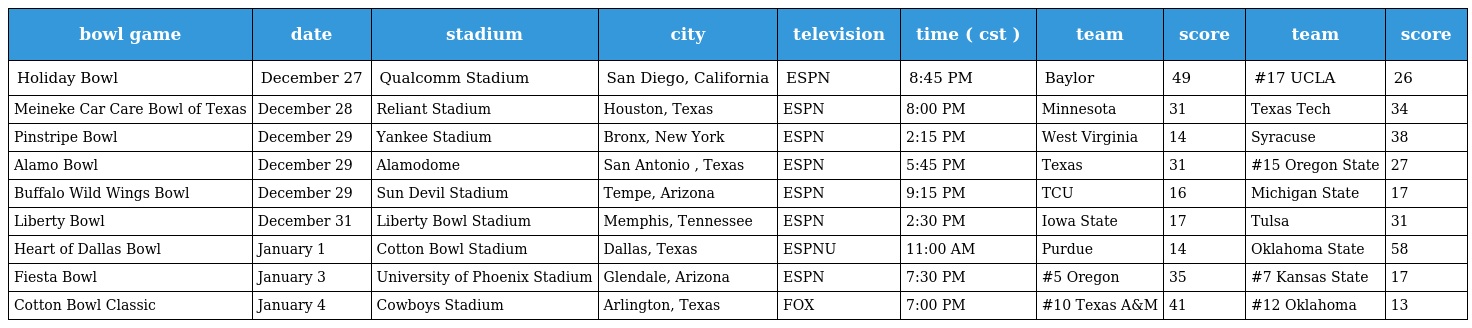
| bowl game | date | stadium | city | television | time ( cst ) | team | score | team | score |
 | --- | --- | --- | --- | --- | --- | --- | --- | --- | --- |
 | Holiday Bowl | December 27 | Qualcomm Stadium | San Diego, California | ESPN | 8:45 PM | Baylor | 49 | #17 UCLA | 26 |
 | Meineke Car Care Bowl of Texas | December 28 | Reliant Stadium | Houston, Texas | ESPN | 8:00 PM | Minnesota | 31 | Texas Tech | 34 |
 | Pinstripe Bowl | December 29 | Yankee Stadium | Bronx, New York | ESPN | 2:15 PM | West Virginia | 14 | Syracuse | 38 |
 | Alamo Bowl | December 29 | Alamodome | San Antonio , Texas | ESPN | 5:45 PM | Texas | 31 | #15 Oregon State | 27 |
 | Buffalo Wild Wings Bowl | December 29 | Sun Devil Stadium | Tempe, Arizona | ESPN | 9:15 PM | TCU | 16 | Michigan State | 17 |
 | Liberty Bowl | December 31 | Liberty Bowl Stadium | Memphis, Tennessee | ESPN | 2:30 PM | Iowa State | 17 | Tulsa | 31 |
 | Heart of Dallas Bowl | January 1 | Cotton Bowl Stadium | Dallas, Texas | ESPNU | 11:00 AM | Purdue | 14 | Oklahoma State | 58 |
 | Fiesta Bowl | January 3 | University of Phoenix Stadium | Glendale, Arizona | ESPN | 7:30 PM | #5 Oregon | 35 | #7 Kansas State | 17 |
 | Cotton Bowl Classic | January 4 | Cowboys Stadium | Arlington, Texas | FOX | 7:00 PM | #10 Texas A&M | 41 | #12 Oklahoma | 13 |